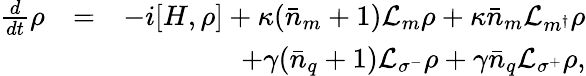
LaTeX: \begin{array}{rlr}{\frac{d}{dt}\rho}&{=}&{-i[H,\rho]+\kappa(\bar{n}_{m}+1)\mathcal{L}_{m}\rho+\kappa\bar{n}_{m}\mathcal{L}_{m^{\dagger}}\rho}\\ &{}&{+\gamma(\bar{n}_{q}+1)\mathcal{L}_{\sigma^{-}}\rho+\gamma\bar{n}_{q}\mathcal{L}_{\sigma^{+}}\rho,}\end{array}